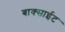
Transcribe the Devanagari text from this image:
बाक्साईट